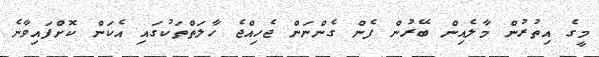
މީގެ އިތުރުން މާލެއިން ބޭރުން ފެން ގެންނަން ޖެހިއްޖެ ހާލަތްތަކުގައި އެކަން ކޮށްފައިވާނެ